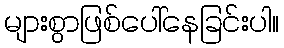
များစွာဖြစ်ပေါ်နေခြင်းပါ။